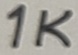
Text: 1K